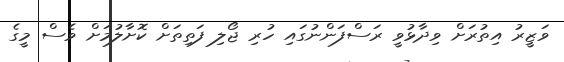
ވަޒީރު އިތުރަށް ވިދާޅުވީ ރަސްފަންނުގައި ހުރި ޖޯލި ފަތިތަށް ކޮށާލުމަށް ވެސް މީގެ